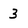
Character: 3